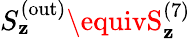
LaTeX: S_{\mathbf{z}}^{(\mathrm{{out}})}\equivS_{\mathbf{z}}^{(7)}